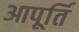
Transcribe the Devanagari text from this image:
आपूर्ति